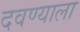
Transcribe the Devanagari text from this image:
दवण्याला